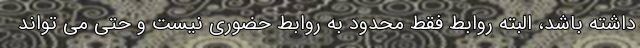
داشته باشد، البته روابط فقط محدود به روابط حضوری نیست و حتی می تواند